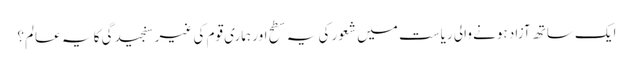
ایک ساتھ آزاد ہونے والی ریاست میں شعور کی یہ سطح اور ہماری قوم کی غیر سنجیدگی کا یہ عالم؟